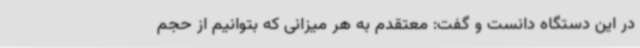
در این دستگاه دانست و گفت: معتقدم به هر میزانی که بتوانیم از حجم